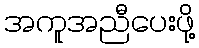
အကူအညီပေးဖို့